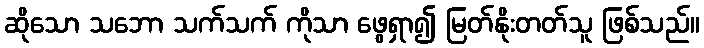
ဆိုသော သဘော သက်သက် ကိုသာ ဖွေရှာ၍ မြတ်နိုးတတ်သူ ဖြစ်သည်။